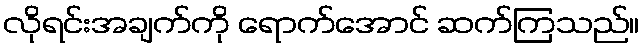
လိုရင်းအချက်ကို ရောက်အောင် ဆက်ကြသည်။